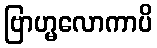
ဗြာဟ္မလောကာပိ